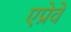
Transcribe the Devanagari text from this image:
एप्रेवे